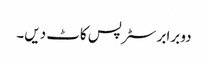
دو برابر سٹرپس کاٹ دیں۔